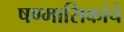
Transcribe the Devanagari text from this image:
षण्मासिकांचे